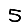
Digit: 5